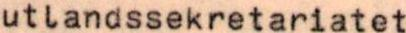
utlandssekretariatet